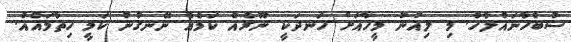
ސުބްހާނައްލާހް. މި ލިއުނު މީހާއަށް ހަނދަކީ ނޫރެއް ކަމެއް ނޭނގުނު ކަމީ ހިތާމައެއް.